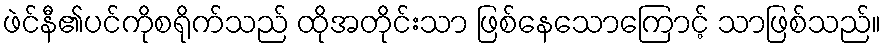
ဖဲင်နီ၏ပင်ကိုစရိုက်သည် ထိုအတိုင်းသာ ဖြစ်နေသောကြောင့် သာဖြစ်သည်။